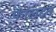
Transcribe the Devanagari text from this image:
फालटन